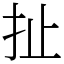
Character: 扯